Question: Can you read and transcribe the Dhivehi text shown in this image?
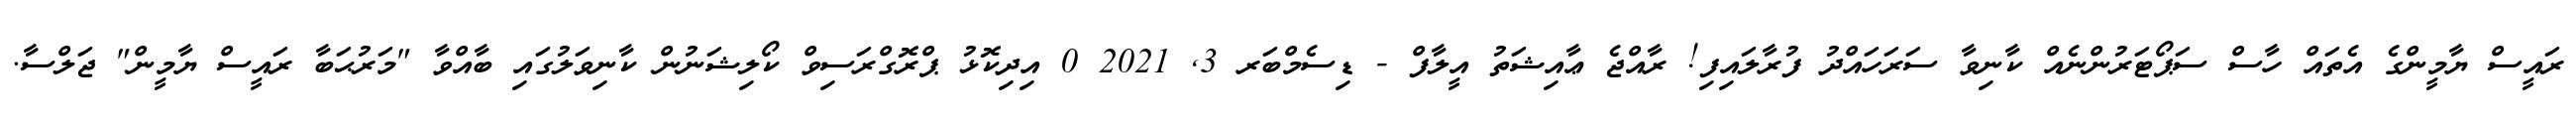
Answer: ރައީސް ޔާމީންގެ އެތައް ހާސް ސަޕޯޓަރުންނެއް ކާނިވާ ސަރަހައްދު ފުރާލައިފި! ރާއްޖެ ޢާއިޝަތު އީލާފް - ޑިސެމްބަރ 3, 2021 0 އިދިކޮޅު ޕްރޮގްރަސިވް ކޯލިޝަނުން ކާނިވަލުގައި ބާއްވާ "މަރުޙަބާ ރައީސް ޔާމީން" ޖަލްސާ.